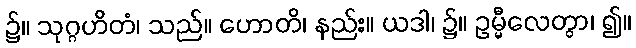
၌။ သုဂ္ဂဟိတံ၊ သည်။ ဟောတိ၊ နည်း။ ယဒါ၊ ၌။ ဥမ္မီလေတွာ၊ ၍။